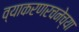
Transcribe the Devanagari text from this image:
व्याकरणरचनेच्या